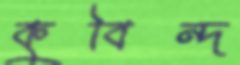
কুবিন্দ